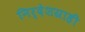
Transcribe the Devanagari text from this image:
निर्देशग्राही